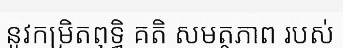
នូវកម្រិតពុទ្ធិ គតិ សមត្ថភាព របស់